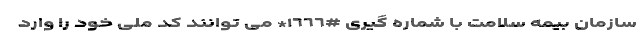
سازمان بیمه سلامت با شماره گیری #١٦٦٦* می توانند کد ملی خود را وارد